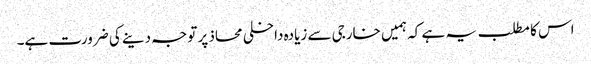
اس کا مطلب یہ ہے کہ ہمیں خارجی سے زیادہ داخلی محاذ پر توجہ دینے کی ضرورت ہے۔